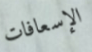
الإسعافات